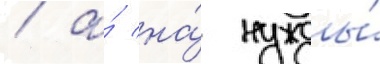
/ а́ на́ нужды́